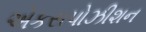
એકસપોઝીશન